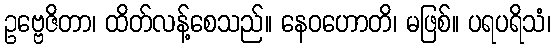
ဥဗ္ဗေဇိတာ၊ ထိတ်လန့်စေသည်။ နေဝဟောတိ၊ မဖြစ်။ ပရပရိသံ၊